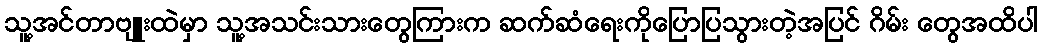
သူ့အင်တာဗျူးထဲမှာ သူ့အသင်းသားတွေကြားက ဆက်ဆံရေးကိုပြောပြသွားတဲ့အပြင် ဂိမ်း တွေအထိပါ